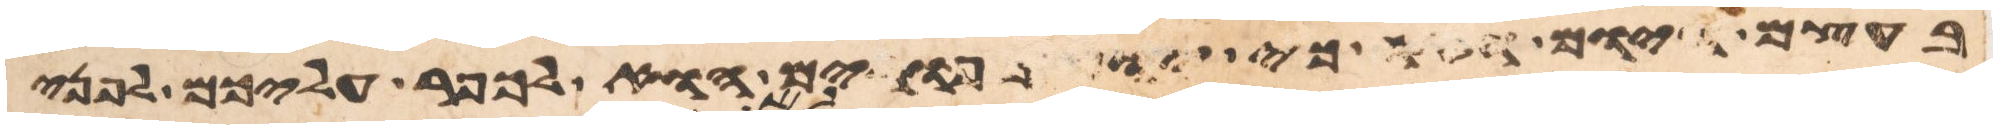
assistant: בעצם היום הזה כי יום כפורים הוא לכפר עליכם לפני